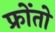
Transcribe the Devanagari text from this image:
फ्रोंतो